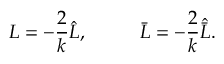
L = - \frac { 2 } { k } \hat { L } , ~ ~ ~ ~ ~ ~ ~ ~ \bar { L } = - \frac { 2 } { k } \hat { \bar { L } } .